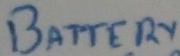
Text: BATTERY